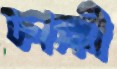
ফাহ্মী